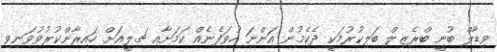
ވިޑާލް ބުނީ ބްރެޒިލް ބަލިކުރުމަކީ ދެކެމުން އަންނަ ހުވަފެނެއް ކަމަށާއި ޗިލީއަށް ހައިރާންކުރުވުވަނިވި